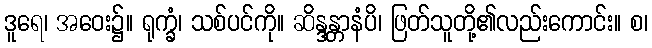
ဒူရေ၊ အဝေး၌။ ရုက္ခံ၊ သစ်ပင်ကို။ ဆိန္ဒန္တာနံပိ၊ ဖြတ်သူတို့၏လည်းကောင်း။ စ၊